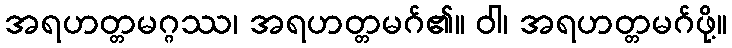
အရဟတ္တမဂ္ဂဿ၊ အရဟတ္တမဂ်၏။ ဝါ၊ အရဟတ္တမဂ်ဖို့။